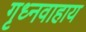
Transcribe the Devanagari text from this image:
गृध्नवाहाय